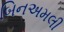
બિનઅમલી